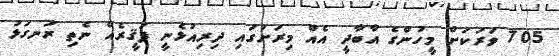
705 ވަރަކަށް މީހުންގެ އާބާދީ އެއް މިރަށުގައި ދިރިއުޅެނީ ފަޤީރެއް ނެތި ރަނގަޅު